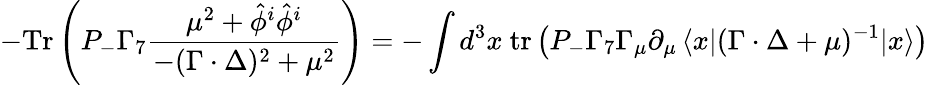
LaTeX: -\mathrm{Tr}\left(P_{-}\Gamma_{7}\frac{\mu^{2}+\hat{\phi}^{i}\hat{\phi}^{i}}{-(\Gamma\cdot\Delta)^{2}+\mu^{2}}\right)=-\int d^{3}x\ \mathrm{tr}\left(P_{-}\Gamma_{7}\Gamma_{\mu}{\partial}_{\mu}\, \langle x|(\Gamma\cdot\Delta+\mu)^{-1}|x\rangle\right)